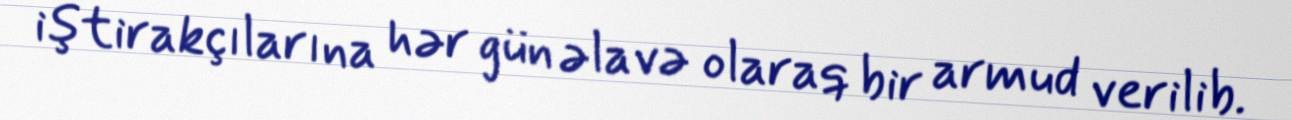
iştirakçılarına hər gün əlavə olaraq bir armud verilib.